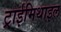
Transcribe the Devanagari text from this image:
ट्राईमिथाइल